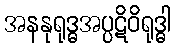
အနနုရုဒ္ဓအပ္ပဋိဝိရုဒ္ဓါ